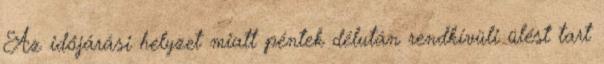
Az időjárási helyzet miatt péntek délután rendkívüli ülést tart